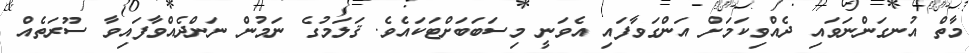
މާތް އުނގަންނަވައި ދެއްވިކަމަށް އަންގަވާފައި އެވަނީ މިސަބަބަށްޓަކައެވެ. ޤަލަމުގެ ނަމުން ނަންދެއްވާފައިވާ ސޫރަތެއް